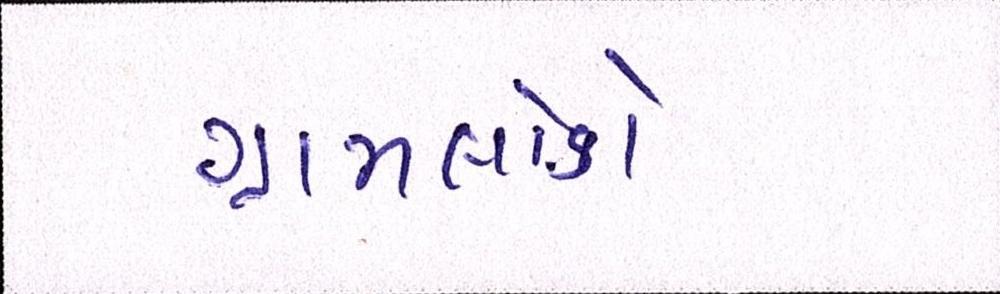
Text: ગ્રામલોકો